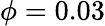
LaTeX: \phi=0.03